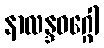
နာလန္ဒဝဂ္ဂေါ